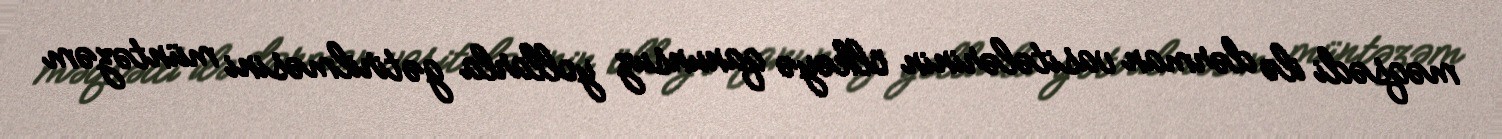
məqsədi ilə dərman vasitələrinin ölkəyə qanunsuz yollarla gətirilməsini müntəzəm